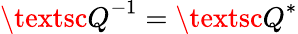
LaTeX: {\textsc{Q}}^{-1}={\textsc{Q}}^{*}